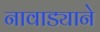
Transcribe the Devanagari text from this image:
नावाड्याने